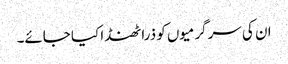
ان کی سرگرمیوں کو ذرا ٹھنڈا کیا جائے۔